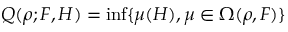
Q ( \rho ; F , H ) = \operatorname* { i n f } \{ \mu ( H ) , \mu \in \Omega ( \rho , F ) \}